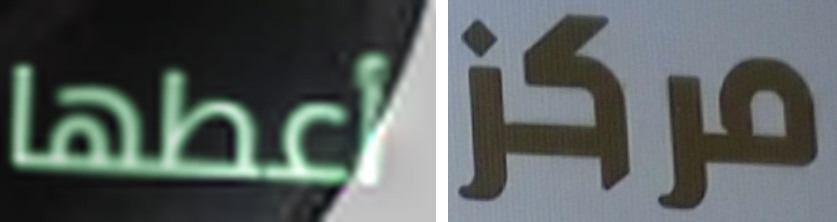
أعطها مركز